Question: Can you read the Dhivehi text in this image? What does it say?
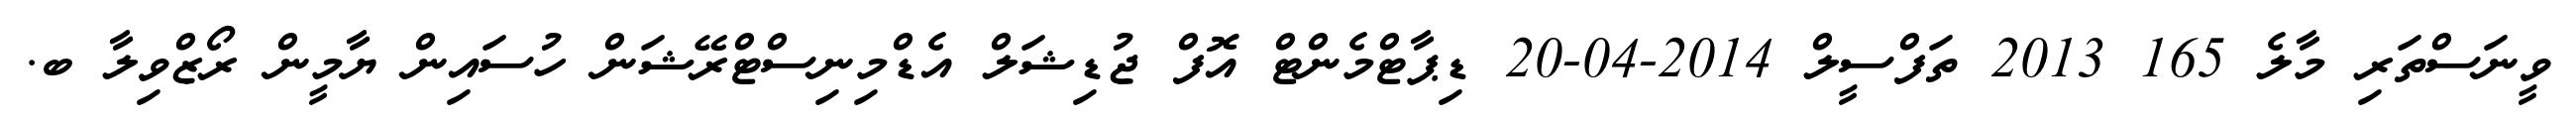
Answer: ވީނަސްތަރި މާލެ 165 2013 ތަފްސީލް 2014-04-20 ޑިޕާޓްމެންޓް އޮފް ޖުޑިޝަލް އެޑްމިނިސްޓްރޭޝަން ހުސައިން ޔާމީން ރޯޒްވިލާ ބ.